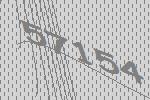
57154